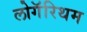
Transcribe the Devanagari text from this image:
लोगॅरिथम